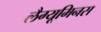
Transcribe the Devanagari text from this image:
लैग्यूमिनस